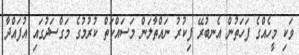
ވަކި މީހެއްގެ ފަހަތުން އެނބުރޭ ފިކުރު ނައްތާލަން މަސައްކަތް ކުރުމުގެ މަގްސަދުގައި އުފައްދާ